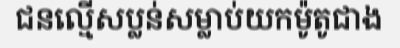
ជនល្មើសប្លន់សម្លាប់យកម៉ូតូជាង